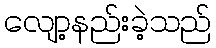
လျော့နည်းခဲ့သည်